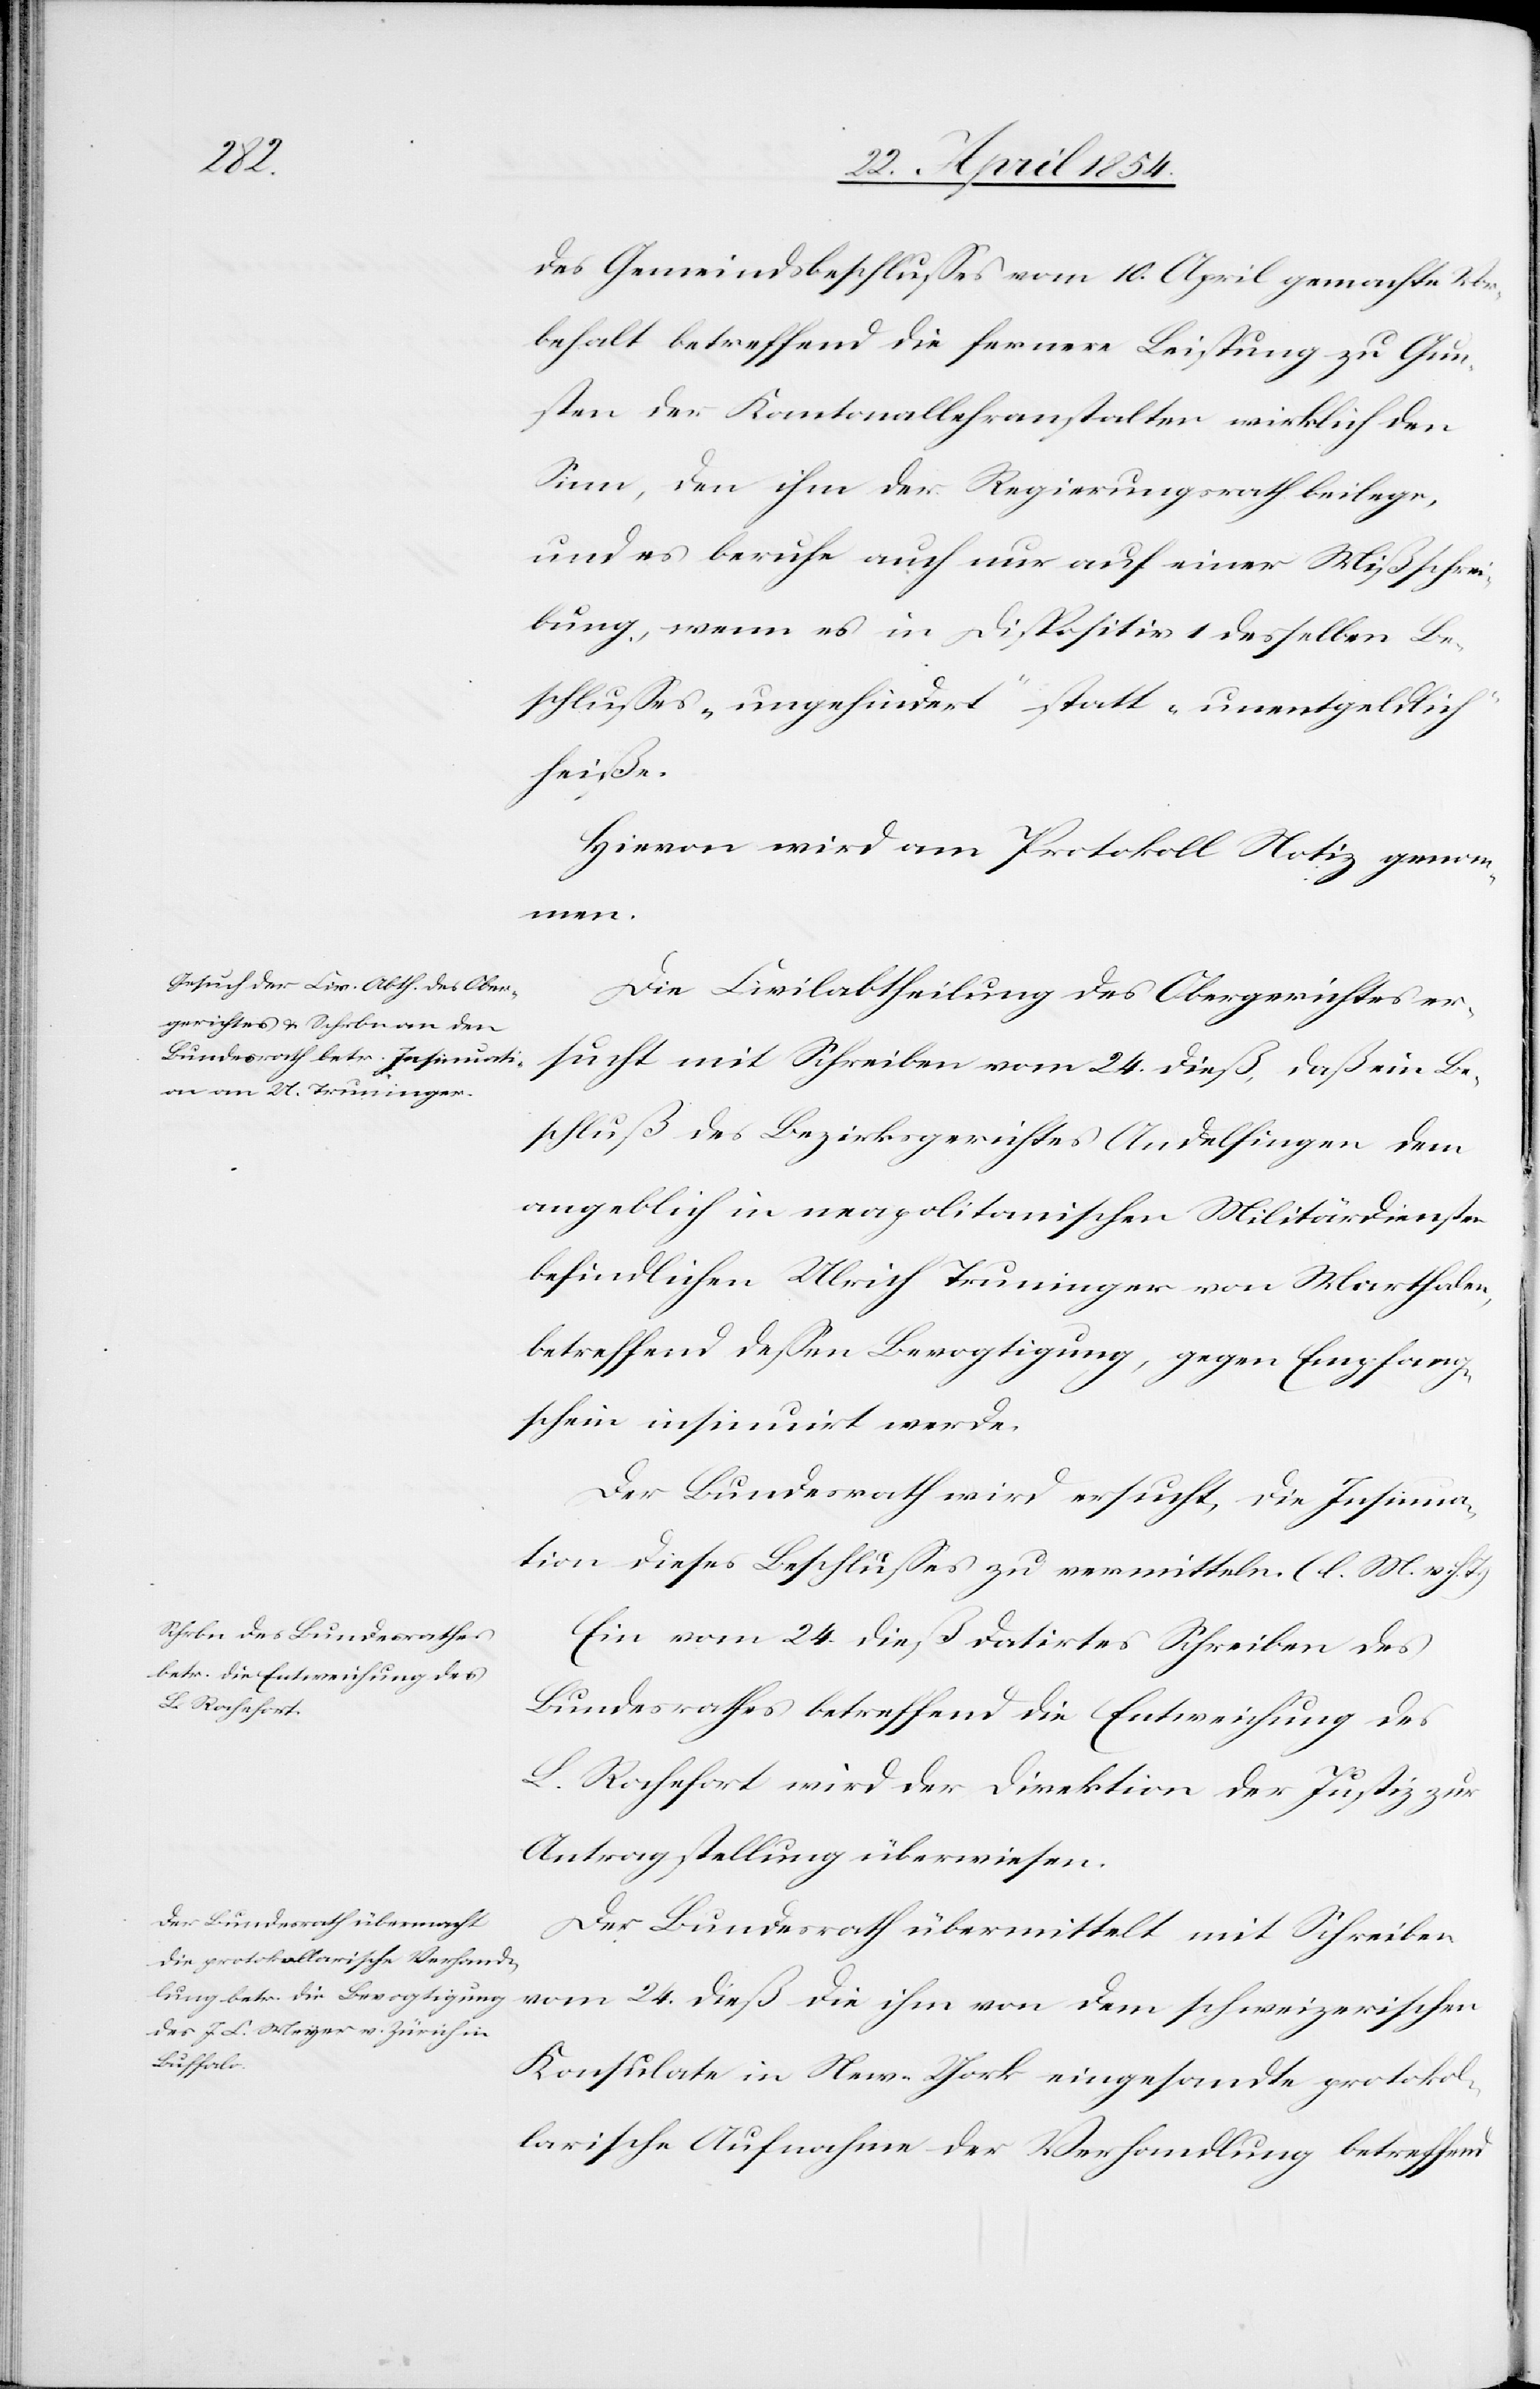
den

27. April 1854.]
des Gemeindsbeschlußes vom 10. April gemachte Vor¬
behalt betreffend die fernere Leistung zu Gun¬
sten der Kantonallehranstalten wirklich den
Sinn, den ihm der Regierungsrath beilege,
und es beruhe auch nur auf einer Mißschrei¬
bung, wenn es in Dispositiv 1 desselben Be¬
schlußes „ungehindert“ statt „unentgeldlich“
heiße.
Hievon wird am Protokoll Notiz genom¬
men.
Die Civilabtheilung des Obergerichtes er¬
sucht mit Schreiben vom 24. dieß, daß ein Be¬
schluß des Bezirksgerichtes Andelfingen dem
angeblich in neapolitanischen Militärdiensten
befindlichen Ulrich Trunninger von Marthalen,
betreffend deßen Bevogtigung, gegen Empfang¬
schein insinuirt werde.
Der Bundesrath wird ersucht, die Insinua¬
tion dieses Beschlußes zu vermitteln. (l. M. h.
Ein vom 24. dieß datirtes Schreiben des
Bundesrathes betreffend die Entweichung des
L. Rochefort wird der Direktion der Justiz zur
Antragstellung überwiesen.
Der Bundesrath übermittelt mit Schreiben
vom 24. dieß die ihm von dem schweizerischen
Konsulate in New-York eingesandte protokol¬
larische Aufnahme der Verhandlung betreffend